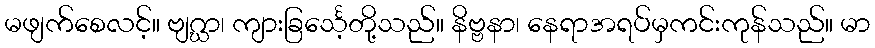
မဖျက်စေလင့်။ ဗျဂ္ဃာ၊ ကျားခြင်္သေ့တို့သည်။ နိဗ္ဗနာ၊ နေရာအရပ်မှကင်းကုန်သည်။ မာ